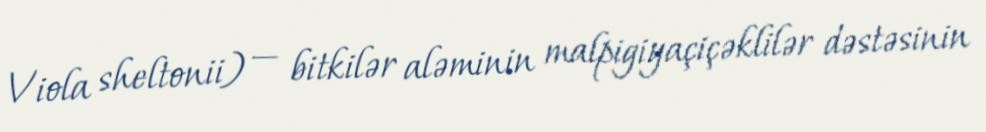
Viola sheltonii) — bitkilər aləminin malpigiyaçiçəklilər dəstəsinin